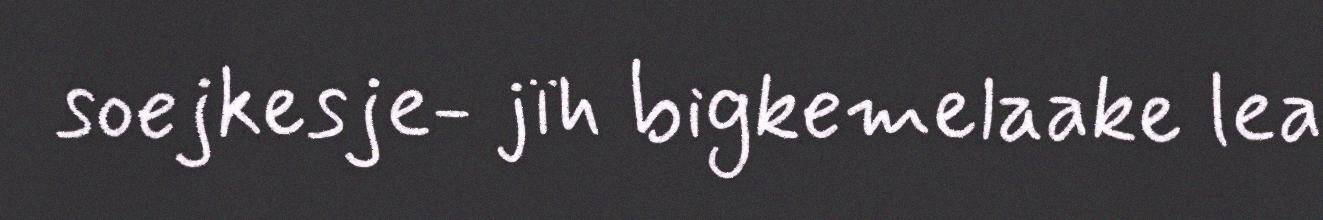
soejkesje- jïh bigkemelaake lea